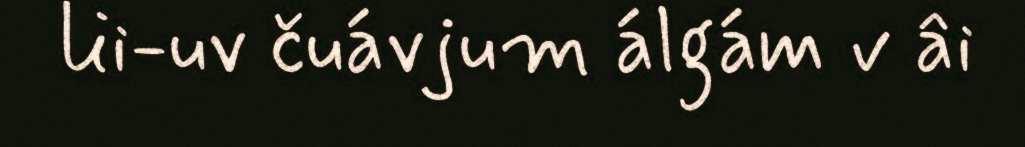
lii-uv čuávjum álgám v âi